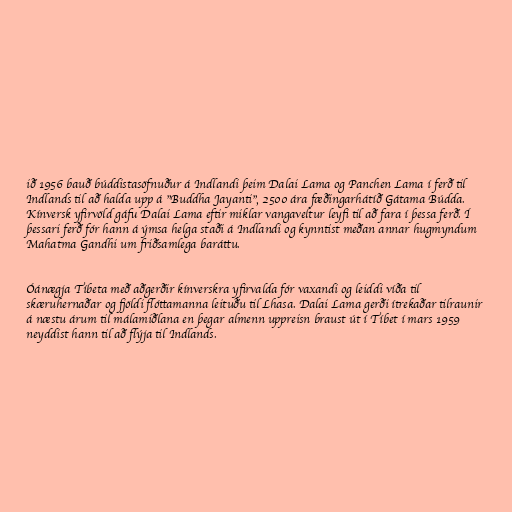
ið 1956 bauð búddistasöfnuður á Indlandi þeim Dalai Lama og Panchen Lama í ferð til
Indlands til að halda upp á "Buddha Jayanti", 2500 ára fæðingarhátíð Gátama Búdda.
Kínversk yfirvöld gáfu Dalai Lama eftir miklar vangaveltur leyfi til að fara í þessa ferð. Í
þessari ferð fór hann á ýmsa helga staði á Indlandi og kynntist meðan annar hugmyndum
Mahatma Gandhi um friðsamlega baráttu.

Óánægja Tíbeta með aðgerðir kínverskra yfirvalda fór vaxandi og leiddi víða til
skæruhernaðar og fjöldi flóttamanna leituðu til Lhasa. Dalai Lama gerði ítrekaðar tilraunir
á næstu árum til málamiðlana en þegar almenn uppreisn braust út í Tíbet í mars 1959
neyddist hann til að flýja til Indlands.